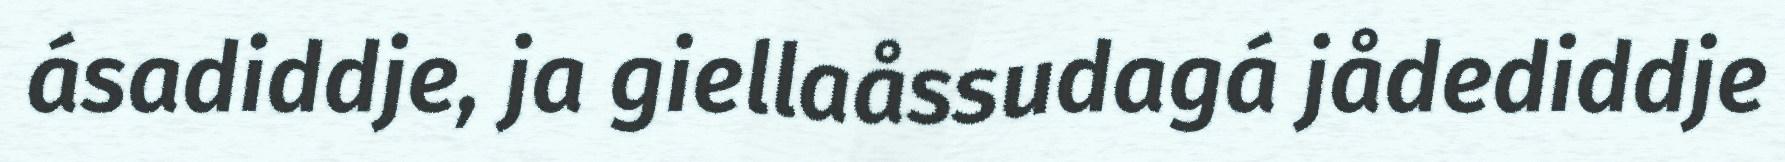
ásadiddje, ja giellaåssudagá jådediddje